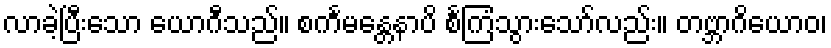
လာခဲ့ပြီးသော ယောဂီသည်။ စင်္ကမန္တေနာပိ စင်္ကြံသွားသော်လည်း။ တဗ္ဘာဂိယောဝ၊